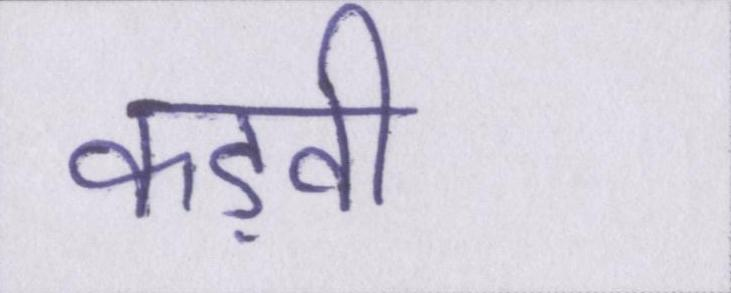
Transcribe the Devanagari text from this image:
कड़वी